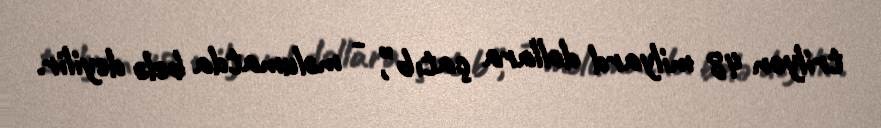
trilyon 48 milyard dollara çatıb”, - məlumatda belə deyilir.